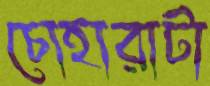
চোহারাটা